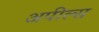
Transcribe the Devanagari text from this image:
अपील्‍स